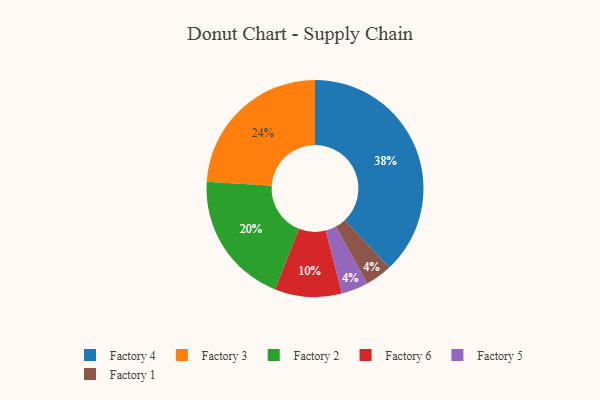
{"axis": {"x": "Category", "y": "Percentage"}, "legend": ["Factory 1", "Factory 2", "Factory 3", "Factory 4", "Factory 5", "Factory 6"], "data": [{"x": "Factory 3", "y": 24, "type": "Factory 3"}, {"x": "Factory 6", "y": 10, "type": "Factory 6"}, {"x": "Factory 2", "y": 20, "type": "Factory 2"}, {"x": "Factory 5", "y": 4, "type": "Factory 5"}, {"x": "Factory 4", "y": 38, "type": "Factory 4"}, {"x": "Factory 1", "y": 4, "type": "Factory 1"}]}